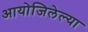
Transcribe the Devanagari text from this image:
आयोजिलेल्या